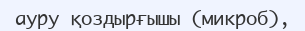
ауру қоздырғышы (микроб),